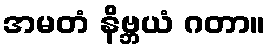
အမတံ နိဗ္ဘယံ ဂတာ။